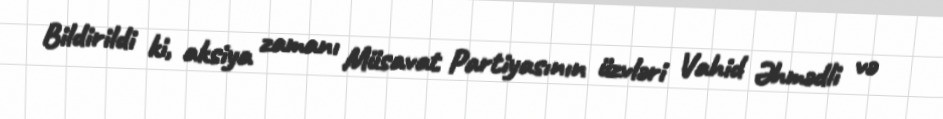
Bildirildi ki, aksiya zamanı Müsavat Partiyasının üzvləri Vahid Əhmədli və